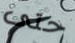
حتى